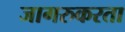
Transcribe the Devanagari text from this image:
जागरुकरता